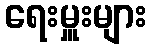
ရေးမှူးများ